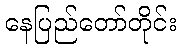
နေပြည်တော်တိုင်း